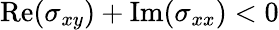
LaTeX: \mathrm{Re}(\sigma_{xy})+\mathrm{Im}(\sigma_{xx})<0